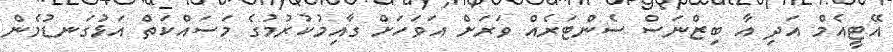
އޭޓީއެމް އަދި އާ ބިޒްނަސް ސެންޓަރެއް ވަރަށް އަވަހަށް ގާއިމުކުރުމުގެ މަސައްކަތް އަޅުގަނޑުމެން